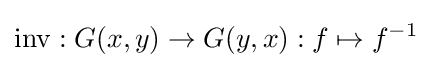
\mathrm {inv} :G(x,y)\rightarrow G(y,x):f\mapsto f^{-1}